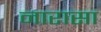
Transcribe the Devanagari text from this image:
नारासा